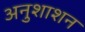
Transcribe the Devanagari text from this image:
अनुशाशन